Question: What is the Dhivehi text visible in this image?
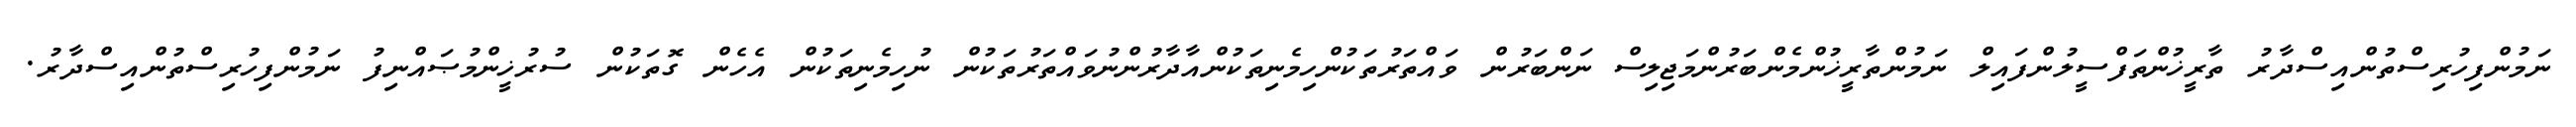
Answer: ނަމުންފިހުރިސްތުންއިސްދާރު ތާރީޚުންތަފްސީލުންފައިލް ނަމުންތާރީޚުންމެންބަރުންމަޖިލިސް ނަންބަރުން ވައްތަރުތަކުންހިމެނިތަކުންއާދާރުންނުވައްތަރުތަކުން ނުހިމެނިތަކުން އެހެން ގޮތަކުން ސުރުޚީންމުޞައްނިފު ނަމުންފިހުރިސްތުންއިސްދާރު.